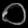
Digit: ၀